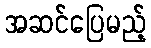
အဆင်ပြေမည့်